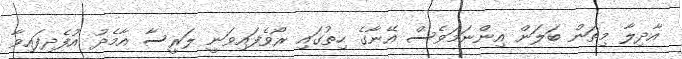
އާދިލާ މިތަން ބަލަން އިންނަމަވެސް އޭނާގެ ހިތުގައި ރޯވެފައިވަނީ ލަރީސާ އާމެދު އުފެދިފައިވާ